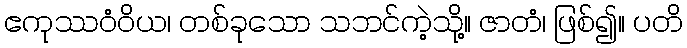
ဧကုဿဝံဝိယ၊ တစ်ခုသော သဘင်ကဲ့သို့။ ဇာတံ၊ ဖြစ်၍။ ပတိ